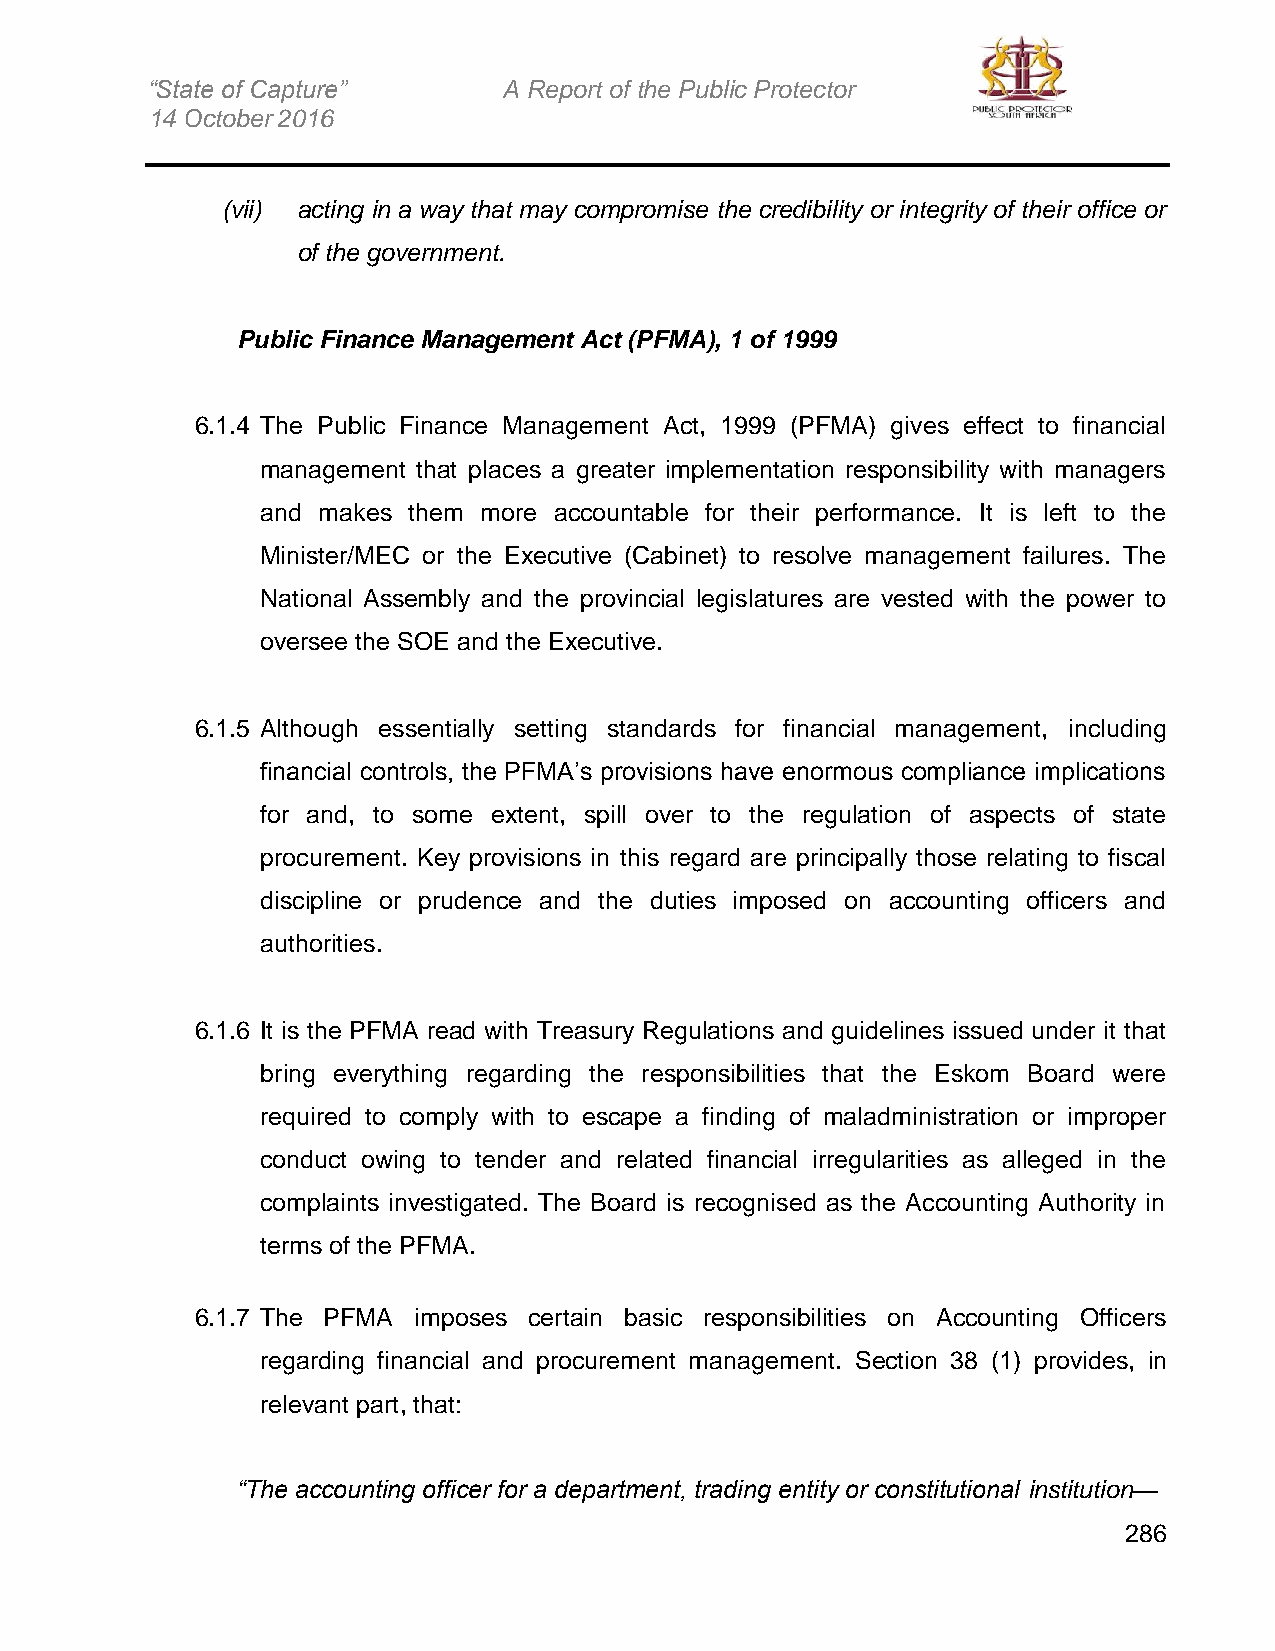
“State of Capture”     A Report of the Public Protector
 14 October 2016
 (vii) acting in a way that may compromise the credibility or integrity of their office or
 of the government.
 Public Finance Management Act (PFMA), 1 of 1999
 6.1.4 The Public Finance Management Act, 1999 (PFMA) gives effect to financial
 management that places a greater implementation responsibility with managers
 and makes them more accountable for their performance. It is left to the
 Minister/MEC or the Executive (Cabinet) to resolve management failures. The
 National Assembly and the provincial legislatures are vested with the power to
 oversee the SOE and the Executive.
 6.1.5 Although essentially setting standards for financial management, including
 financial controls, the PFMA’s provisions have enormous compliance implications
 for and, to some extent, spill over to the regulation of aspects of state
 procurement. Key provisions in this regard are principally those relating to fiscal
 discipline or prudence and the duties imposed on accounting officers and
 authorities.
 6.1.6 It is the PFMA read with Treasury Regulations and guidelines issued under it that
 bring everything regarding the responsibilities that the Eskom Board were
 required to comply with to escape a finding of maladministration or improper
 conduct owing to tender and related financial irregularities as alleged in the
 complaints investigated. The Board is recognised as the Accounting Authority in
 terms of the PFMA.
 6.1.7 The PFMA imposes certain basic responsibilities on Accounting Officers
 regarding financial and procurement management. Section 38 (1) provides, in
 relevant part, that:
 “The accounting officer for a department, trading entity or constitutional institution—
 286